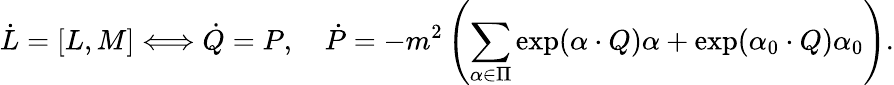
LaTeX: \dot{L}=[L,M]\Longleftrightarrow\dot{Q}=P,\quad\dot{P}=-m^{2}\left(\sum_{\alpha\in\Pi}\exp({\alpha\cdot Q})\alpha+\exp({\alpha_{0}\cdot Q})\alpha_{0}\right).